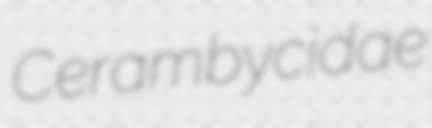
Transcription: Cerambycidae